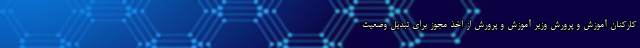
کارکنان‌ آموزش و پرورش وزیر آموزش و پرورش از اخذ مجوز برای تبدیل وضعیت